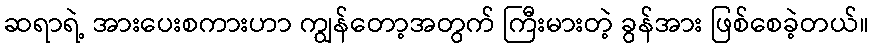
ဆရာရဲ့ အားပေးစကားဟာ ကျွန်တော့အတွက် ကြီးမားတဲ့ ခွန်အား ဖြစ်စေခဲ့တယ်။